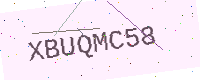
Text: XBUQMC58